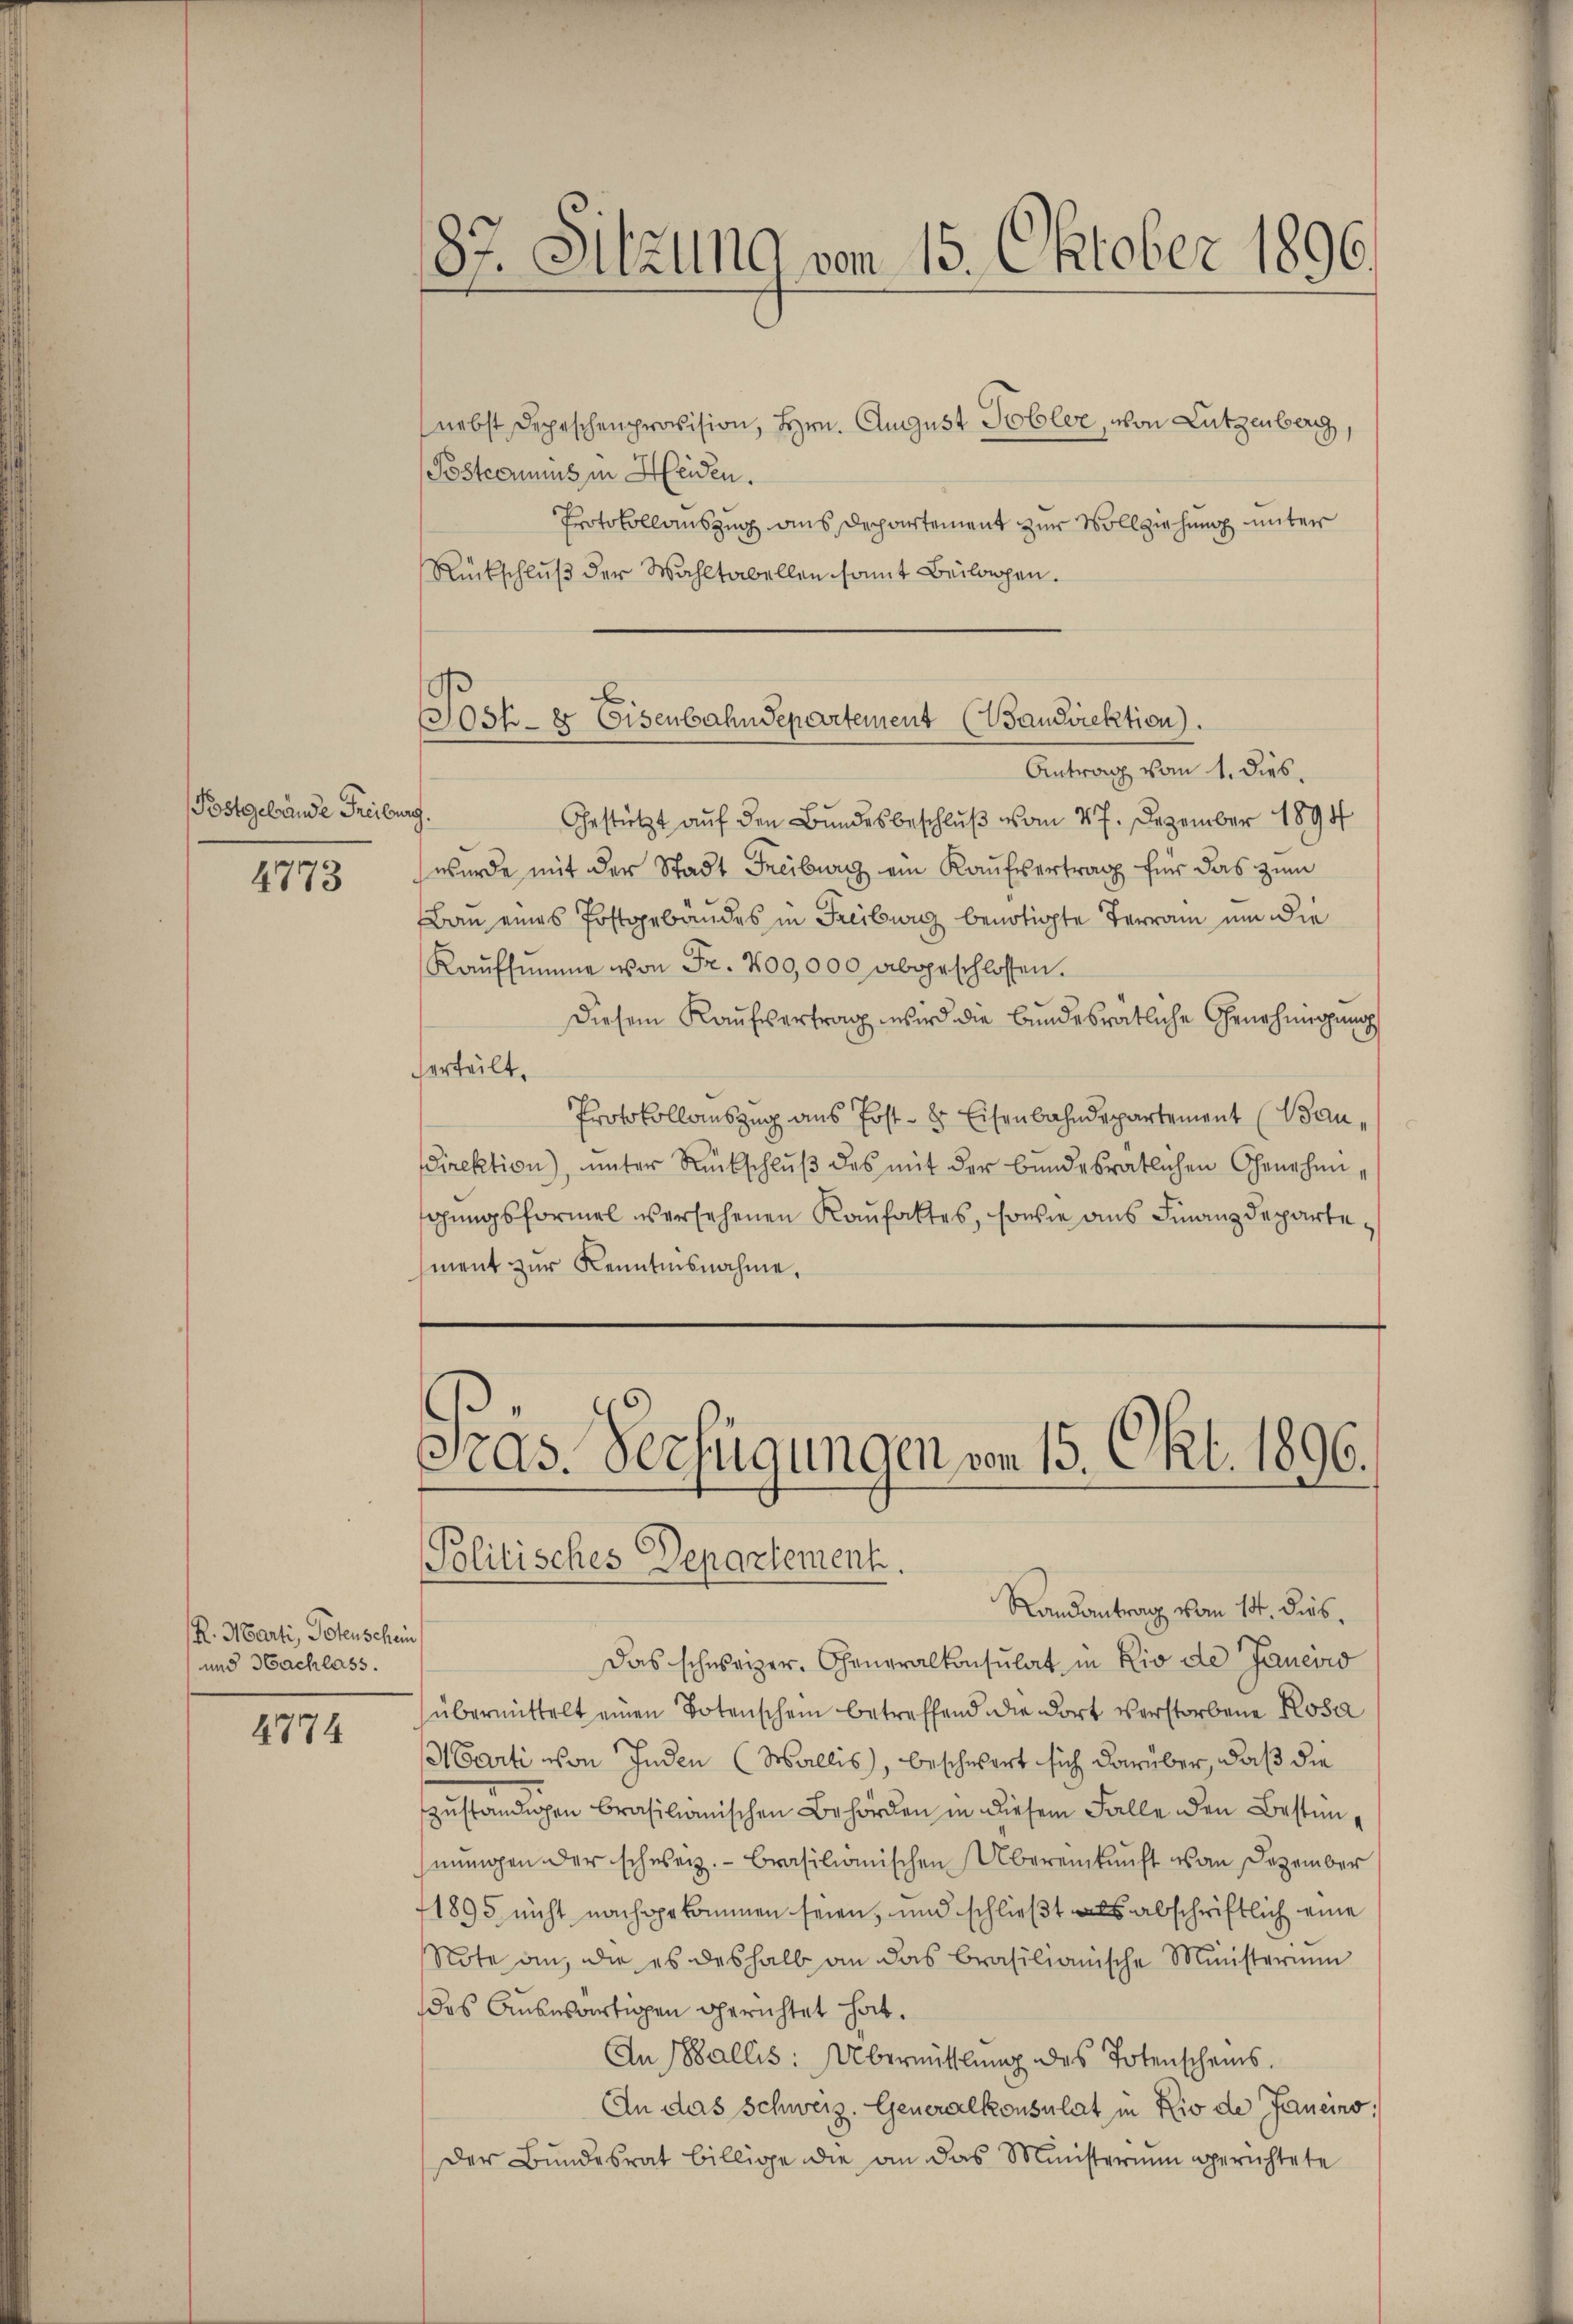
Postgelände Freiburg.

4773

R. Marti, Petenschein
und Nachlass.

4774

187 Sitzung vom 15. Oktober 1896.

nebst Depeschenprovision, Hrn. August Tobler, von Lutzenberg,
Postcommuns in Heiden.
Protokollauszug aus Departement zur Vollziehung unter
Rückschluß der Wahltabellen somit Beilagen.

Gestützt auf den Bundesbeschluß vom 27. Dezember 1894
wurde mit der Stadt Freiburg ein Kaufvertrag für das zum
Bau eines Postgebäudes in Freiburg benötigte Terrain um die
Kaŭfsumme von Fr. 200,000 abgeschlossen.
Diesem Kaŭfvertrag wird die bundesrätliche Genehmigung
verteilt.
Protokollauszug aus Post- & Eisenbahndepartement (Bau¬
Direktion), unter Rückschluß des mit der bundesrätlichen Genehmigungsformel versehenen Kaufaktes, sowie aus Finanzdepartement zur Kenntnisnahme.

b.
Jost & Eisenbahndepartement (Wandirektion.
Antrag vom 1. dies

s
as. Verfügungen von 15. Okt. 1896.
Politisches Departement.
Randantrag vom 14. dies.

Das schweizer. Generalkonsulat in Rio de Janeiro
übermittelt einen Totenschein betreffend die dort verstorbene Rosa
Marti von Inden (Wallis, beschwert sich darüber, daß die
zuständigen Brasilianischen Behörden in diesem Falle den Bestimmungen der schweiz. Brasilionischen Übereinkunft es an Dezember
1895 nicht nachgekommen seien, und schließt als abschriftlich eine
Note an, die es deshalb an das Brasilianische Ministerium
das Auswärtigen gerichtet hat.
An Wallis: Übermittlung des Totenscheins.
An das Schweiz. Generalkonsulat in Rio de Janeins:
Der Bundesrat billige die an das Ministerium gerichtete